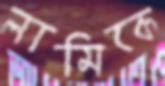
লামিকে